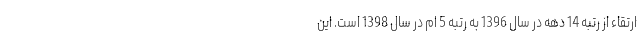
ارتقاء از رتبه 14 دهه در سال 1396 به رتبه 5 ام در سال 1398 است. این